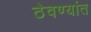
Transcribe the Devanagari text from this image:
ठेवण्यांत